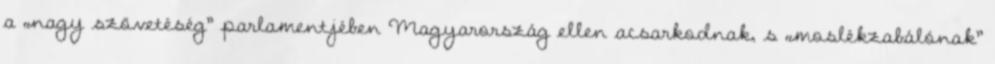
a „nagy szövetéség” parlamentjében Magyarország ellen acsarkodnak, s „moslékzabálónak”